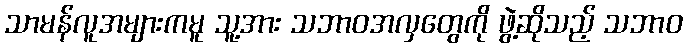
သာမန်လူအများကမူ သူ့အား သဘာဝအလှတွေကို ဖွဲ့ဆိုသည့် သဘာဝ